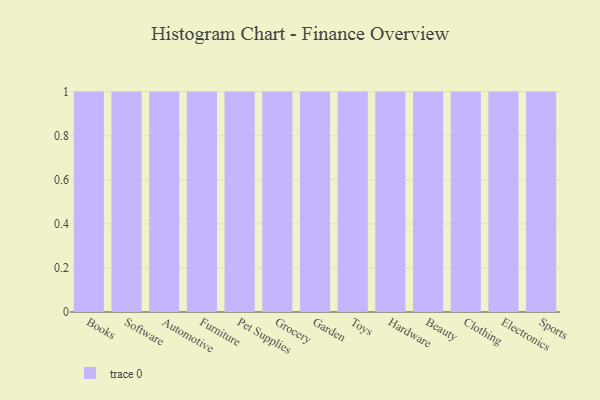
{"axis": {"x": "Category", "y": "Customer Acquisition Cost (USD)"}, "legend": [""], "data": [{"x": "Books", "y": 70, "type": ""}, {"x": "Software", "y": 96, "type": ""}, {"x": "Automotive", "y": 25, "type": ""}, {"x": "Furniture", "y": 58, "type": ""}, {"x": "Pet Supplies", "y": 3, "type": ""}, {"x": "Grocery", "y": 69, "type": ""}, {"x": "Garden", "y": 41, "type": ""}, {"x": "Toys", "y": 78, "type": ""}, {"x": "Hardware", "y": 25, "type": ""}, {"x": "Beauty", "y": 60, "type": ""}, {"x": "Clothing", "y": 60, "type": ""}, {"x": "Electronics", "y": 59, "type": ""}, {"x": "Sports", "y": 62, "type": ""}]}